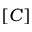
\left[ C \right]